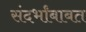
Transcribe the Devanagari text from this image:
संदर्भांबाबत